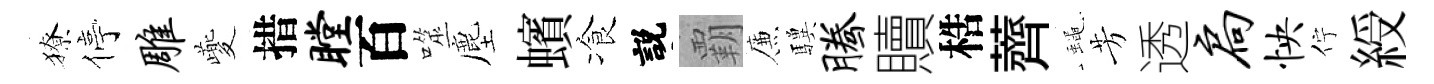
獠停雕夔措瞠百噬塵蠙飡説覇簾驥腾贖梏薺蠅芳透扃怏佇綬